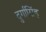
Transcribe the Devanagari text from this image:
दुर्गासिंह